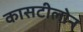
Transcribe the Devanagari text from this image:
कासटीलोन